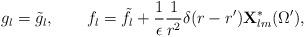
LaTeX: \begin{align*}g_l=\tilde g_l,\qquad f_l=\tilde f_l+{1\over\epsilon}{1\over r^2}\delta(r-r'){\bf X}^*_{lm}(\Omega'),\end{align*}